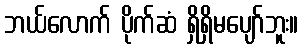
ဘယ်လောက် ပိုက်ဆံ ရှိရှိမပျော်ဘူး။